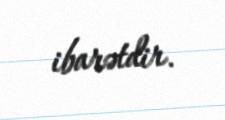
ibarətdir.